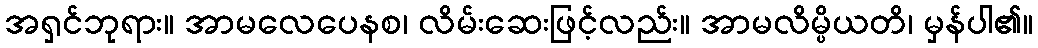
အရှင်ဘုရား။ အာမလေပေနစ၊ လိမ်းဆေးဖြင့်လည်း။ အာမလိမ္ပိယတိ၊ မှန်ပါ၏။